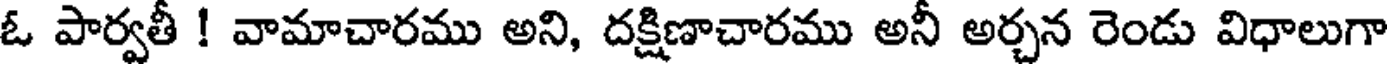
ఓ పార్వతీ ! వామాచారము అని, దక్షిణాచారము అనీ అర్చన రెండు విధాలుగా